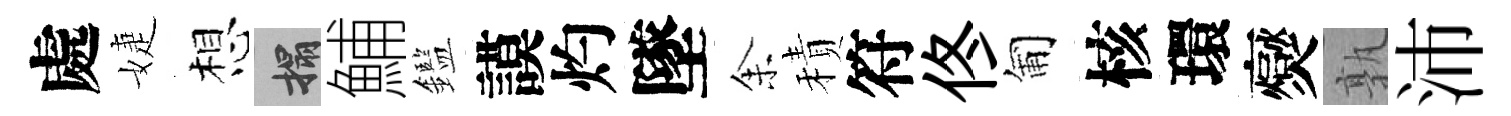
處婕想搨鯆鑑謨灼墜𪜬積符佟匍核環爕孰沛